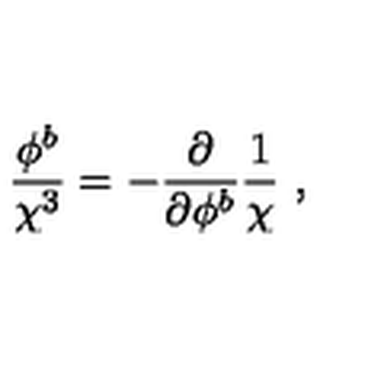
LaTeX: \frac { \phi ^ { b } } { \chi ^ { 3 } } = - \frac { \partial } { \partial \phi ^ { b } } \frac { 1 } { \chi } \ ,